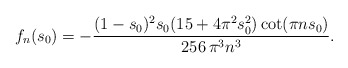
\begin{align*}f_n(s_0)=-\frac{(1-s_0)^2 s_0(15+4\pi^2 s_0^2)\cot(\pi n s_0)}{256\,\pi^3 n^3}.\end{align*}